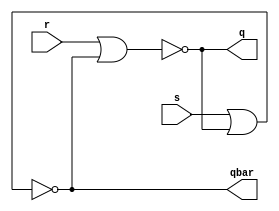
`timescale 1ns / 1ps
//////////////////////////////////////////////////////////////////////////////////
// Company: 
// Engineer: 
// 
// Design Name: 
// Module Name: SRLatch
// Project Name: 
// Target Devices: 
// Tool Versions: 
// Description: 
// 
// Dependencies: 
// 
// Revision:
// Revision 0.01 - File Created
// Additional Comments:
// 
//////////////////////////////////////////////////////////////////////////////////


module SRLatch(input s,r, output q, qbar);
    assign q = ~(r | qbar);
    assign qbar= ~(s | q);
endmodule